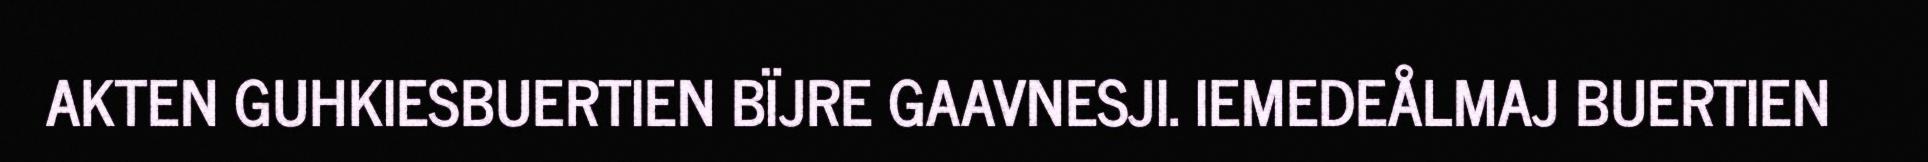
AKTEN GUHKIESBUERTIEN BÏJRE GAAVNESJI. IEMEDEÅLMAJ BUERTIEN